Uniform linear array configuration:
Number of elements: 12
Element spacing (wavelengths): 1
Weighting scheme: hann
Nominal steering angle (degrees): -30
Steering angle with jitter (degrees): -30.966
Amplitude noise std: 0.05
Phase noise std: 0.05

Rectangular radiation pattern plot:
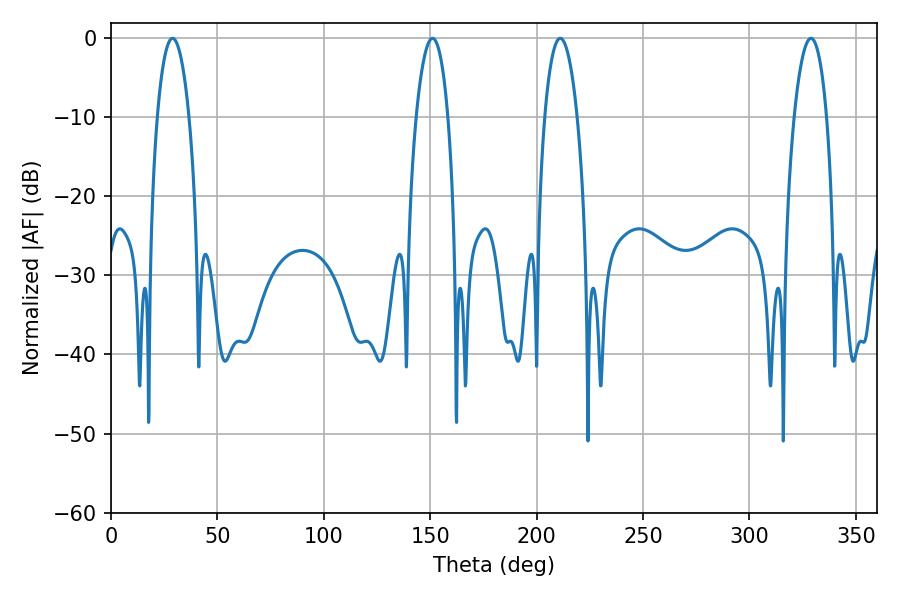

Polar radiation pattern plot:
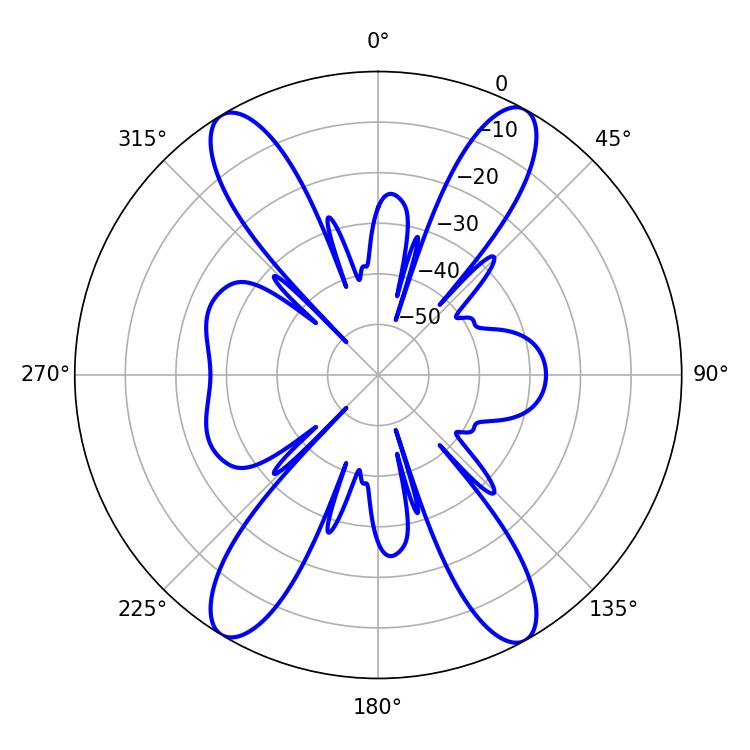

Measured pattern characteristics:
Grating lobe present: TRUE
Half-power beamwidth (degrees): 8.46
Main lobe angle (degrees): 211.14